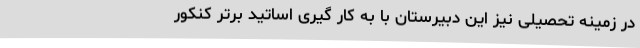
در زمینه تحصیلی نیز این دبیرستان با به کار گیری اساتید برتر کنکور